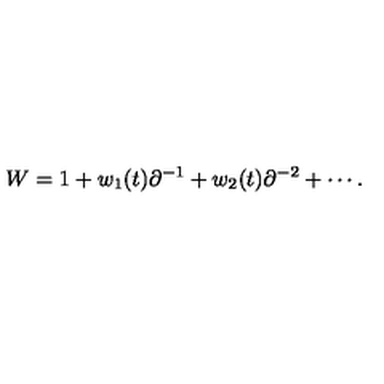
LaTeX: W = 1 + w _ { 1 } ( t ) \partial ^ { - 1 } + w _ { 2 } ( t ) \partial ^ { - 2 } + \cdots .